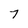
Character: 7